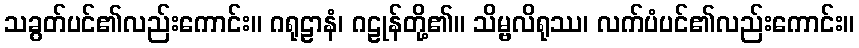
သခွတ်ပင်၏လည်းကောင်း။ ဂရုဠာနံ၊ ဂဠုန်တို့၏။ သိမ္ဗလိရုဿ၊ လက်ပံပင်၏လည်းကောင်း။